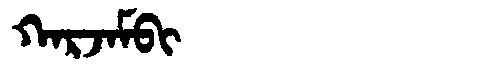
Manchu: ᡴᠠᡵᠵᠠᠮᠪᡳ
Romanization: KARJAMBI